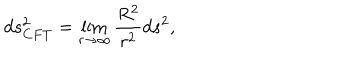
d s _ { C F T } ^ { 2 } = \lim _ { r \rightarrow \infty } \frac { R ^ { 2 } } { r ^ { 2 } } d s ^ { 2 } ,